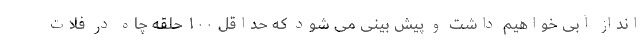
انداز آبی خواهیم داشت و پیش بینی می شود که حداقل ۱۰۰ حلقه چاه در فلات